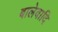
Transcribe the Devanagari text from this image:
बालेवादि